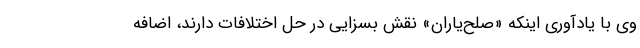
وی با یادآوری اینکه «صلح‌یاران» نقش بسزایی در حل اختلافات دارند، اضافه